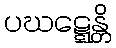
ပဃဋ္ဋေန္တိ